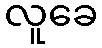
လူခေ